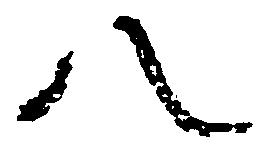
八